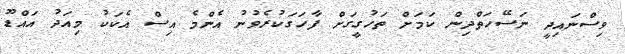
ވިސްނައިދީ ނަސޭހަތްދިން ކަމަށް ތަހުގީގަށް ފާހަގަކުރެވުނު އެންމެ އިސް އެކަކު މިއަދު އައްޑޫ